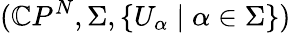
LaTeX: (\mathbb{C}P^{N},\Sigma,\{ U_{\alpha}\; \vert\; \alpha\in\Sigma\} )